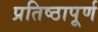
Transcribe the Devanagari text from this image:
प्रतिष्‍ठापूर्ण